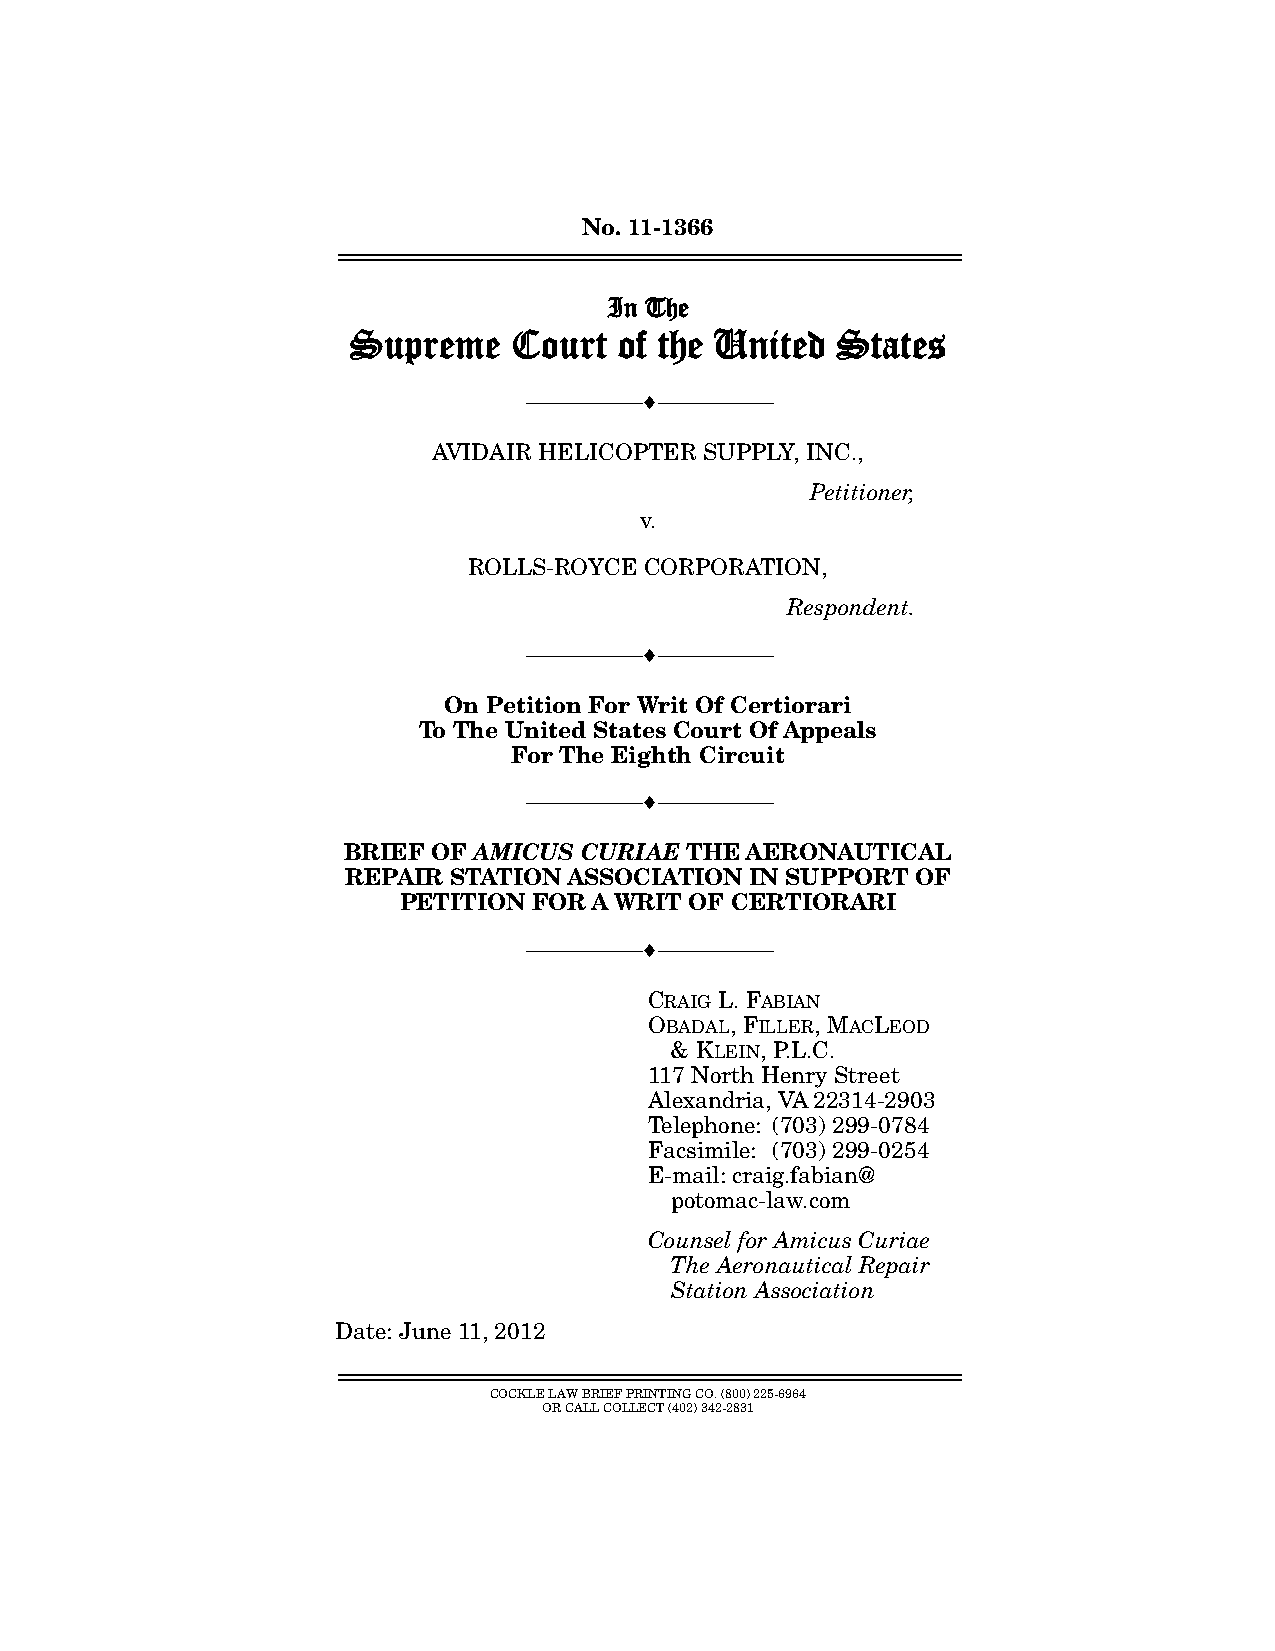
No. 11-1366
 ================================================================
 In The
 Supreme   Court  of the United  States
 ---------------------------------  ---------------------------------
 AVIDAIR HELICOPTER SUPPLY, INC.,
 Petitioner,
 v.
 ROLLS-ROYCE CORPORATION,
 Respondent.
 ---------------------------------  ---------------------------------
 On Petition For Writ Of Certiorari
 To The United States Court Of Appeals
 For The Eighth Circuit
 ---------------------------------  ---------------------------------
 BRIEF OF AMICUS CURIAE THE AERONAUTICAL
 REPAIR STATION ASSOCIATION IN SUPPORT OF
 PETITION FOR A WRIT OF CERTIORARI
 ---------------------------------  ---------------------------------
 CRAIG L. FABIAN
 OBADAL, FILLER, MACLEOD
 & KLEIN, P.L.C.
 117 North Henry Street
 Alexandria, VA 22314-2903
 Telephone: (703) 299-0784
 Facsimile: (703) 299-0254
 E-mail: craig.fabian@
 potomac-law.com
 Counsel for Amicus Curiae
 The Aeronautical Repair
 Station Association
 Date: June 11, 2012
 ================================================================
 COCKLE LAW BRIEF PRINTING CO. (800) 225-6964
 OR CALL COLLECT (402) 342-2831